Lunatic asylums Burma 1907-21 - 1907-1921
Year: 1907
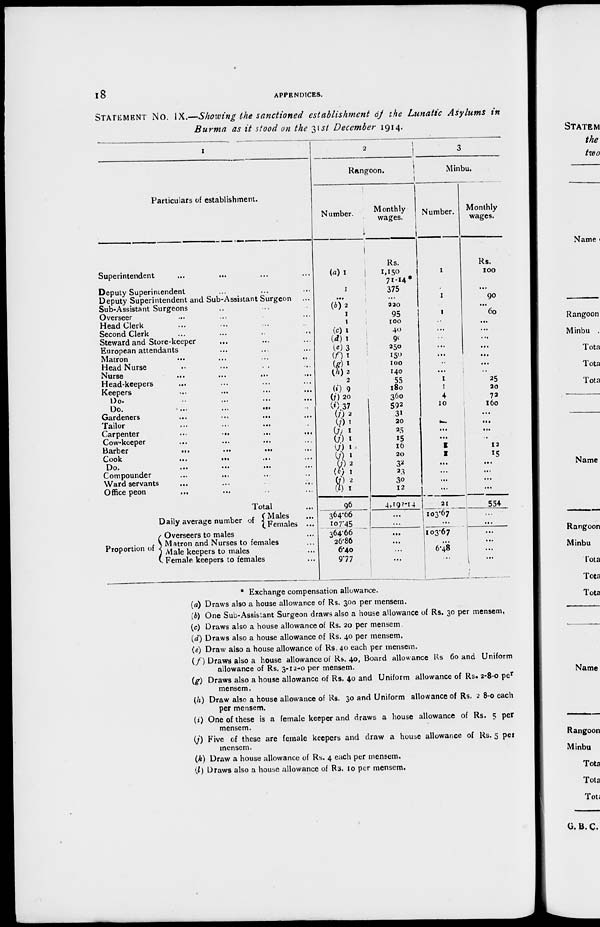
18
APPENDICES.
STATEMENT No. IX.—Showing the sanctioned establishment of the Lunatic Asylums in
Burma as it stood on the 31st December 1914.
1
Particulars of establishment.
Superintendent ... ... ... ...
Deputy Superintendent ... ... ...
Deputy Superintendent and Sub-Assistant Surgeon ...
Sub-Assistant Surgeons ... ... ...
Overseer ... ... ... ...
Head Clerk ... ... ... ...
Second Clerk ... ... ... ...
Steward and Store-keeper ... ... ...
European attendants ... ... ...
Matron
...
...
...
...
Head Nurse ... ... ... ...
Nurse
...
...
...
...
Head-keepers ... ... ... ...
Keepers ... ... ... ...
Do. ... ... ... ...
Do.
...
...
... ...
Gardeners
...
...
... ...
Tailor ... ... ... ...
Carpenter
...
...
...
...
Cow-keeper
...
...
... ...
Barber
...
...
...
...
Cook
...
...
... ...
Do.
...
...
...
...
Compounder
...
... ... ...
Ward servants
... ... ... ...
Office peon ... ... ... ...
Total ...
Daily average number of
Proportion of
Males ...
Females ...
Overseers to males ...
Matron and Nurses to females ...
Male keepers to males ...
Female keepers to females ...
2
Rangoon.
Number.
(a) 1
1
...
(b)2
1
1
(c) 1
(d)1
(e) 3
(f) 1
(g)1
(h)2
2
(i)9
(j) 20
(i)37
(j) 2
(j) 1
(j) 1
(j) 1
(j) 1
(j) 1
(j) 2
(k) 1
(j) 2
(l) 1
96
364.66
107.45
364.66
26.86
6.40
9.77
Monthly
wages.
Rs.
1,150
71-14*
375
...
220
95
100
40
90
250
150
100
140
55
180
360
592
31
20
25
15
16
20
32
23
30
12
4,193-14
...
...
...
...
...
...
3
Minbu.
Number.
1
...
1
...
1
...
...
...
...
...
...
...
1
1
4
10
...
...
...
...
1
1
...
...
...
...
21
103.67
...
103.67
...
6.48
...
Monthly
wages.
Rs.
100
...
90
...
60
...
...
...
...
...
...
...
25
20
72
160
...
...
...
...
12
15
...
...
...
...
554
...
...
...
...
...
...
* Exchange compensation allowance.
(a) Draws also a house allowance of Rs. 300 per mensem.
(b) One Sub-Assistant Surgeon draws also a house allowance of Rs. 30 per mensem.
(c) Draws also a house allowance of Rs. 20 per mensem.
(d) Draws also a house allowance of Rs. 40 per mensem.
(e) Draw also a house allowance of Rs. 40 each per mensem.
(f) Draws also a house allowance of Rs. 40, Board allowance Rs. 60 and Uniform
allowance of Rs. 3-12-0 per mensem.
(g) Draws also a house allowance of Rs. 40 and Uniform allowance of Rs. 2-8-0 per
mensem.
(h) Draw also a house allowance of Rs. 30 and Uniform allowance of Rs. 2-8-0 each
per mensem.
(i) One of these is a female keeper and draws a house allowance of Rs. 5 per
mensem.
(j) Five of these are female keepers and draw a house allowance of Rs. 5 per
mensem.
(k) Draw a house allowance of Rs. 4 each per mensem.
(l) Draws also a house allowance of Rs. 10 per mensem.